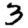
Digit: 3